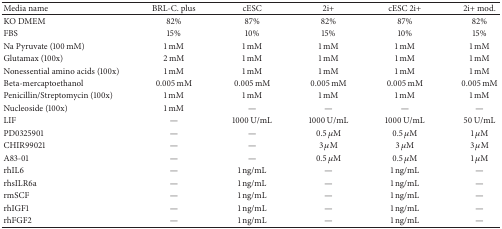
<table><thead><tr><td><b>Media name</b></td><td><b>BRL-C. plus</b></td><td><b>cESC</b></td><td><b>2i+</b></td><td><b>cESC 2i+</b></td><td><b>2i+ mod.</b></td></tr></thead><tbody><tr><td>KO DMEM</td><td>82%</td><td>87%</td><td>82%</td><td>87%</td><td>82%</td></tr><tr><td>FBS</td><td>15%</td><td>10%</td><td>15%</td><td>10%</td><td>15%</td></tr><tr><td>Na Pyruvate (100 mM)</td><td>1 mM</td><td>1 mM</td><td>1 mM</td><td>1 mM</td><td>1 mM</td></tr><tr><td>Glutamax (100x)</td><td>2 mM</td><td>1 mM</td><td>1 mM</td><td>1 mM</td><td>1 mM</td></tr><tr><td>Nonessential amino acids (100x)</td><td>1 mM</td><td>1 mM</td><td>1 mM</td><td>1 mM</td><td>1 mM</td></tr><tr><td>Beta-mercaptoethanol</td><td>0.005 mM</td><td>0.005 mM</td><td>0.005 mM</td><td>0.005 mM</td><td>0.005 mM</td></tr><tr><td>Penicillin/Streptomycin (100x)</td><td>1 mM</td><td>1 mM</td><td>1 mM</td><td>1 mM</td><td>1 mM</td></tr><tr><td>Nucleoside (100x)</td><td>1 mM</td><td>—</td><td>—</td><td>—</td><td>—</td></tr><tr><td>LIF</td><td>—</td><td>1000 U/mL</td><td>1000 U/mL</td><td>1000 U/mL</td><td>50 U/mL</td></tr><tr><td>PD0325901</td><td>—</td><td>—</td><td>0.5 <i>μ</i>M</td><td>0.5 <i>μ</i>M</td><td>1 <i>μ</i>M</td></tr><tr><td>CHIR99021</td><td>—</td><td>—</td><td>3 <i>μ</i>M</td><td>3 <i>μ</i>M</td><td>3 <i>μ</i>M</td></tr><tr><td>A83-01</td><td>—</td><td>—</td><td>0.5 <i>μ</i>M</td><td>0.5 <i>μ</i>M</td><td>1 <i>μ</i>M</td></tr><tr><td>rhIL6</td><td>—</td><td>1 ng/mL</td><td>—</td><td>1 ng/mL</td><td>—</td></tr><tr><td>rhsILR6a</td><td>—</td><td>1 ng/mL</td><td>—</td><td>1 ng/mL</td><td>—</td></tr><tr><td>rmSCF</td><td>—</td><td>1 ng/mL</td><td>—</td><td>1 ng/mL</td><td>—</td></tr><tr><td>rhIGF1</td><td>—</td><td>1 ng/mL</td><td>—</td><td>1 ng/mL</td><td>—</td></tr><tr><td>rhFGF2</td><td>—</td><td>1 ng/mL</td><td>—</td><td>1 ng/mL</td><td>—</td></tr></tbody></table>